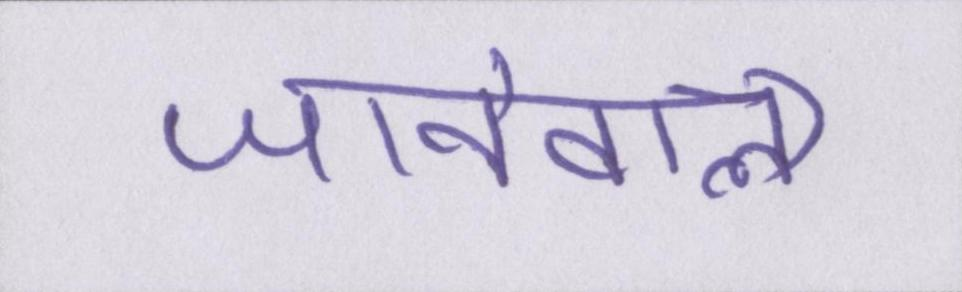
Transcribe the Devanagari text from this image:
जानेवाला